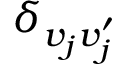
\delta _ { v _ { j } v _ { j } ^ { \prime } }